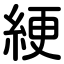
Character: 綆